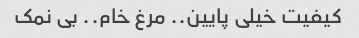
کیفیت خیلی پایین‌.. مرغ خام.. بی نمک